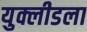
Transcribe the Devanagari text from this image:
युक्लीडला